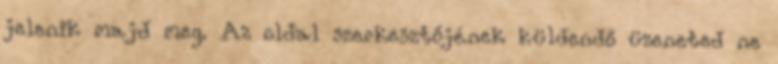
jelenik majd meg. Az oldal szerkesztőjének küldendő üzeneted ne